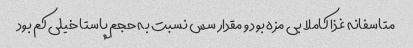
متاسفانه غذا کاملا بی مزه بود و مقدار سس نسبت به حجم پاستا خیلی کم بود